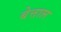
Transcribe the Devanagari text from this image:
बेत्ताल